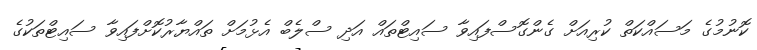
ކޮނުމުގެ މަސައްކަތް ކުރިއަށް ގެންގޮސްފައިވާ ސައިޓްތައް އަދި ސްލެބް އެޅުމަށް ތައްޔާރުކޮށްފައިވާ ސައިޓްތަކުގެ